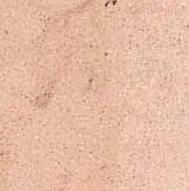
言